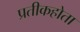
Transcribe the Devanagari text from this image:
प्रतीकहोता